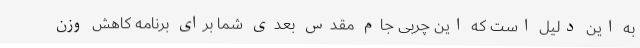
به این دلیل است که این چربی جام مقدس بعدی شما برای برنامه کاهش وزن